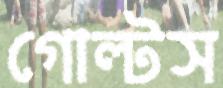
গোল্টস